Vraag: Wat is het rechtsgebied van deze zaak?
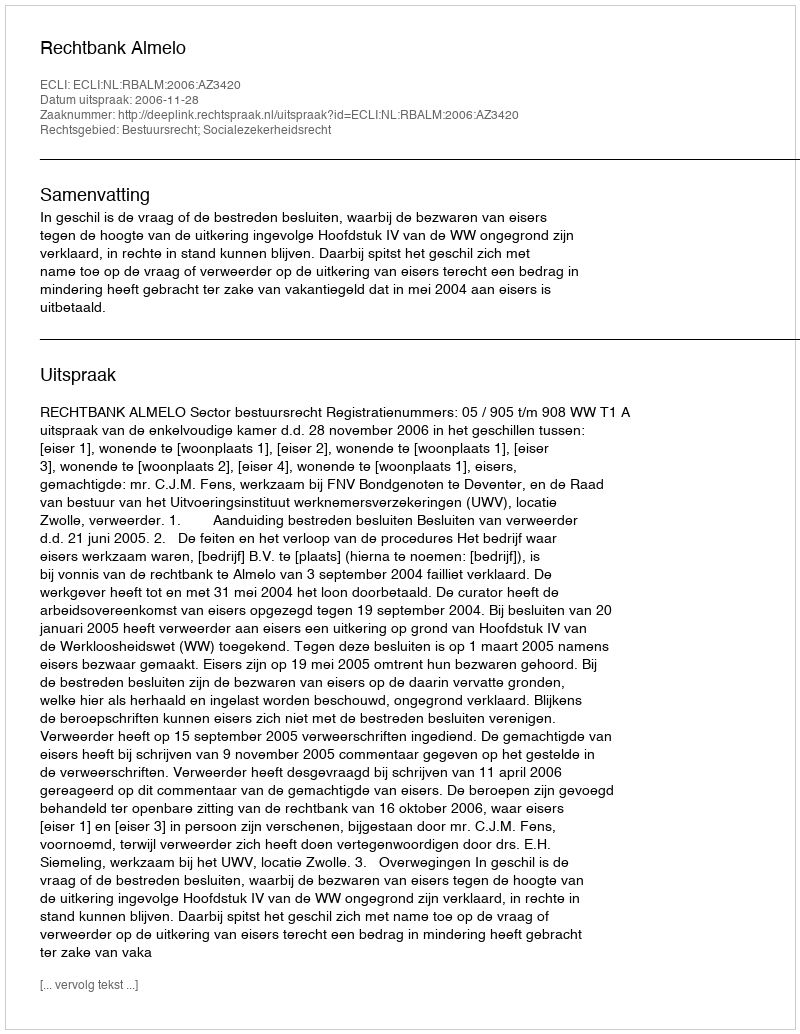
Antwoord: Bestuursrecht; Socialezekerheidsrecht